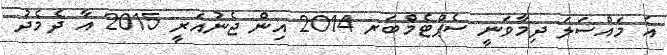
އެ މައްސަލަ ދިމާވަނީ ސެޕްޓެމްބަރ 2014 އިން ޖެނުއަރީ 2015 އާ ދެމެދު